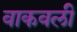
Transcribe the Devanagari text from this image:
वाकवली